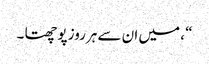
“ ، میں ان سے ہرروز پوچھتا ۔